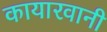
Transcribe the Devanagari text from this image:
कायारवानी